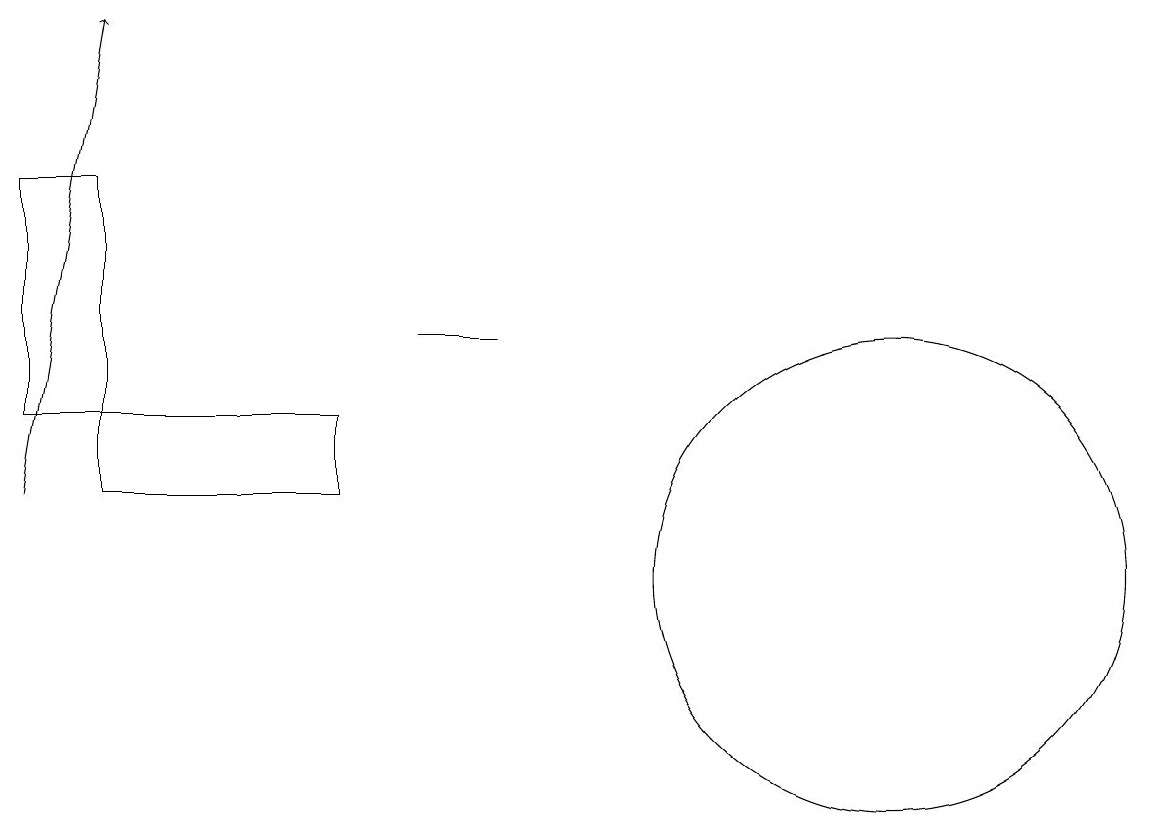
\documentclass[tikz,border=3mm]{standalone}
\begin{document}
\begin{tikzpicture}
\draw (1,15) rectangle (0,12);
\draw[->] (0,11) -- (1,17);
\draw (6,13) rectangle (5,13);
\draw (11,10) circle (3);
\draw (4,12) rectangle (1,11);
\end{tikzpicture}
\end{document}